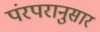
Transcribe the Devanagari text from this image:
पंरपरानुसार